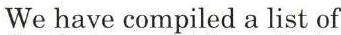
We have compiled a list of